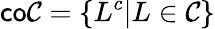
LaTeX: {\mathsf{co}}{\mathcal{C}}=\left\{ L^{c}|L\in{\mathcal{C}}\right\}